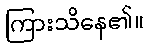
ကြားသိနေ၏။